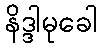
နိဒ္ဒါမုခေါ